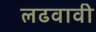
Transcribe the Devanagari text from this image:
लढवावी